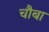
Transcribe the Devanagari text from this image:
चौबा